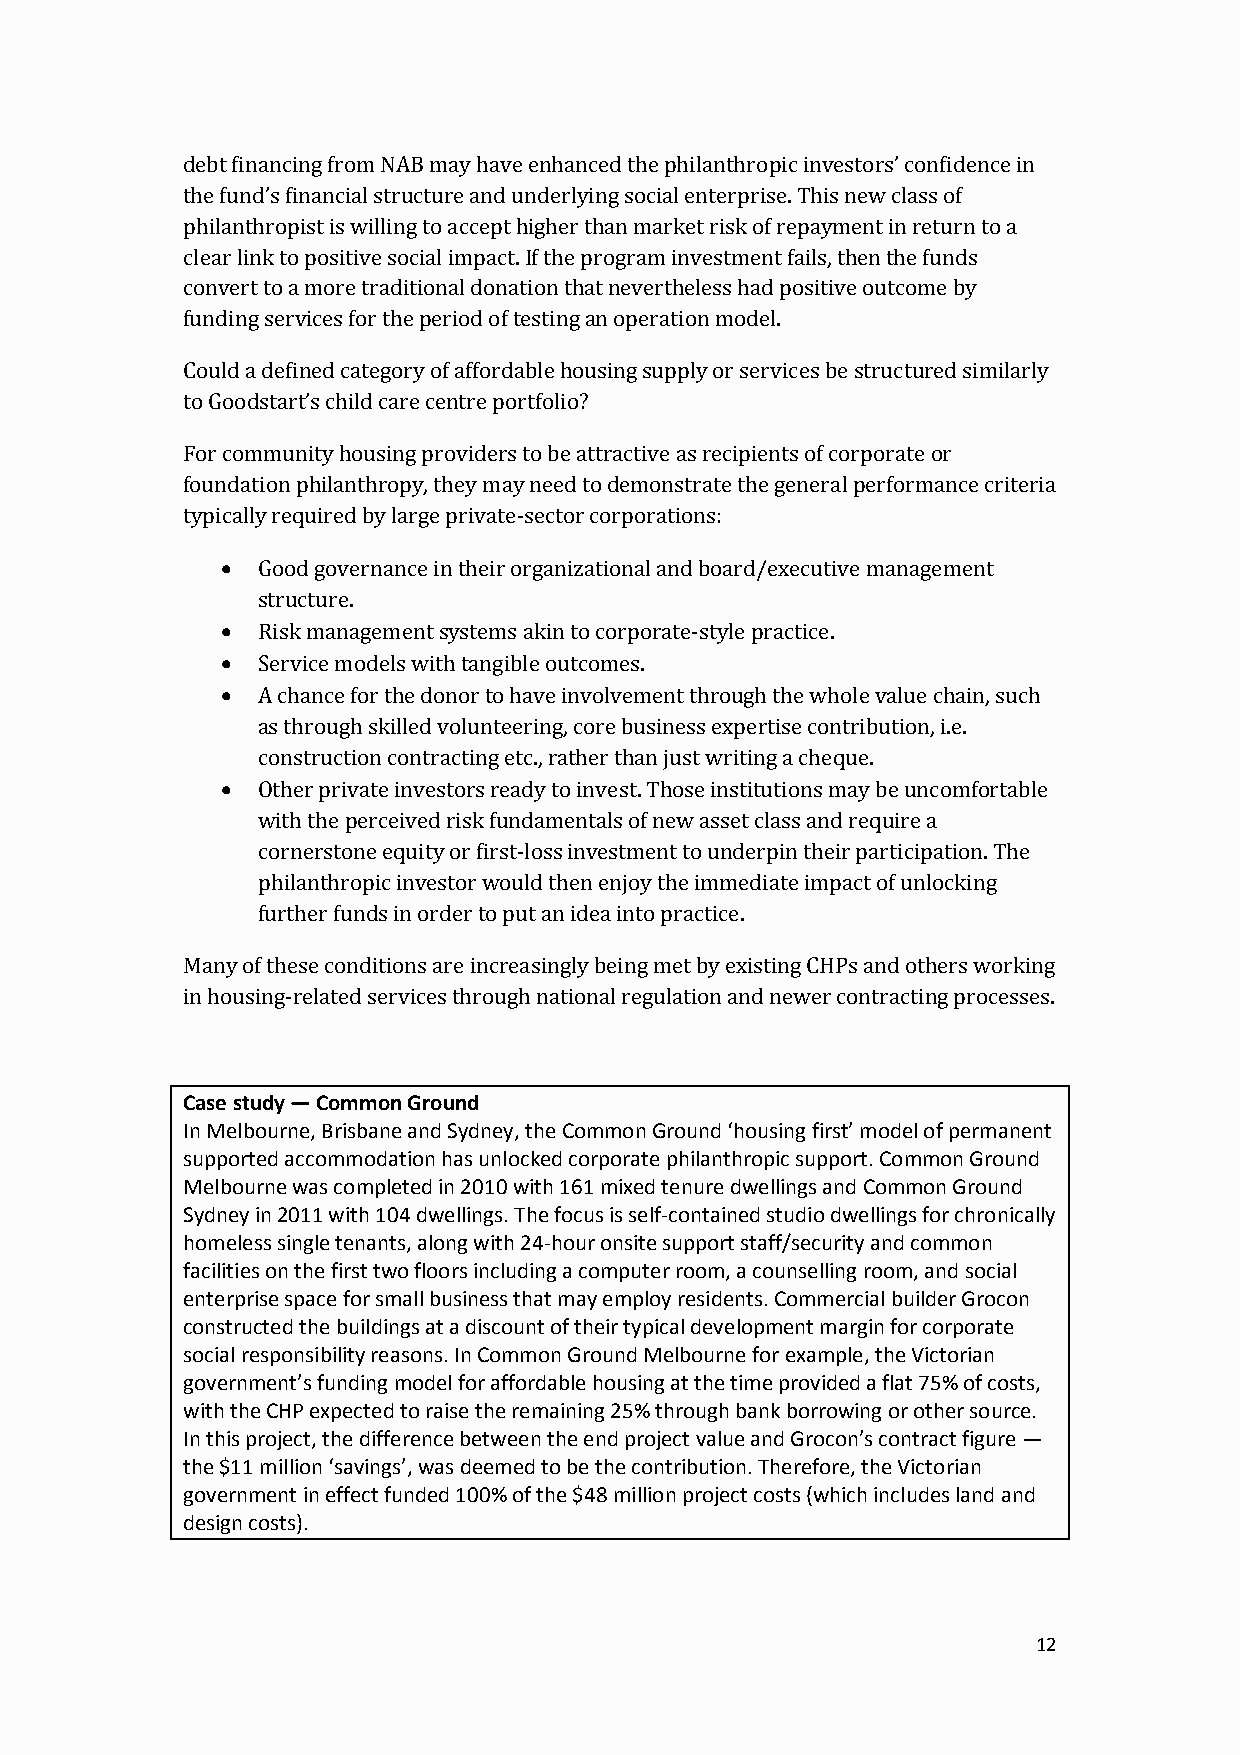
debt financing from NAB may have enhanced the philanthropic investors’ confidence in
 the fund’s financial structure and underlying social enterprise. This new class of
 philanthropist is willing to accept higher than market risk of repayment in return to a
 clear link to positive social impact. If the program investment fails, then the funds
 convert to a more traditional donation that nevertheless had positive outcome by
 funding services for the period of testing an operation model.
 Could a defined category of affordable housing supply or services be structured similarly
 to Goodstart’s child care centre portfolio?
 For community housing providers to be attractive as recipients of corporate or
 foundation philanthropy, they may need to demonstrate the general performance criteria
 typically required by large private-sector corporations:
  Good governance in their organizational and board/executive management
 structure.
  Risk management systems akin to corporate-style practice.
  Service models with tangible outcomes.
  A chance for the donor to have involvement through the whole value chain, such
 as through skilled volunteering, core business expertise contribution, i.e.
 construction contracting etc., rather than just writing a cheque.
  Other private investors ready to invest. Those institutions may be uncomfortable
 with the perceived risk fundamentals of new asset class and require a
 cornerstone equity or first-loss investment to underpin their participation. The
 philanthropic investor would then enjoy the immediate impact of unlocking
 further funds in order to put an idea into practice.
 Many of these conditions are increasingly being met by existing CHPs and others working
 in housing-related services through national regulation and newer contracting processes.
 Case study — Common Ground
 In Melbourne, Brisbane and Sydney, the Common Ground ‘housing first’ model of permanent
 supported accommodation has unlocked corporate philanthropic support. Common Ground
 Melbourne was completed in 2010 with 161 mixed tenure dwellings and Common Ground
 Sydney in 2011 with 104 dwellings. The focus is self-contained studio dwellings for chronically
 homeless single tenants, along with 24-hour onsite support staff/security and common
 facilities on the first two floors including a computer room, a counselling room, and social
 enterprise space for small business that may employ residents. Commercial builder Grocon
 constructed the buildings at a discount of their typical development margin for corporate
 social responsibility reasons. In Common Ground Melbourne for example, the Victorian
 government’s funding model for affordable housing at the time provided a flat 75% of costs,
 with the CHP expected to raise the remaining 25% through bank borrowing or other source.
 In this project, the difference between the end project value and Grocon’s contract figure —
 the $11 million ‘savings’, was deemed to be the contribution. Therefore, the Victorian
 government in effect funded 100% of the $48 million project costs (which includes land and
 design costs).
 12